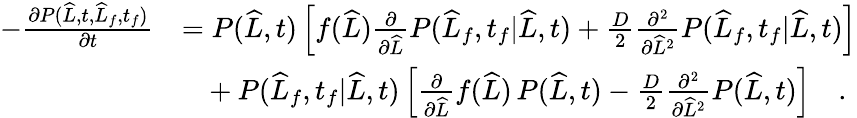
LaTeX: \begin{array}{rl}{-\frac{\partial P(\widehat{L},t,\widehat{L}_{f},t_{f})}{\partial t}}&{=P(\widehat{L},t)\left[f(\widehat{L})\frac{\partial}{\partial\widehat{L}}P(\widehat{L}_{f},t_{f}|\widehat{L},t)+\frac{D}{2}\frac{\partial^{2}}{\partial\widehat{L}^{2}}P(\widehat{L}_{f},t_{f}|\widehat{L},t)\right]}\\ &{\ \ \ +P(\widehat{L}_{f},t_{f}|\widehat{L},t)\left[\frac{\partial}{\partial\widehat{L}}f(\widehat{L})\, P(\widehat{L},t)-\frac{D}{2}\frac{\partial^{2}}{\partial\widehat{L}^{2}}P(\widehat{L},t)\right]\quad.}\end{array}